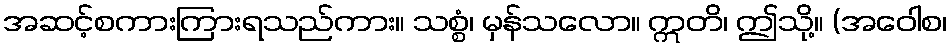
အဆင့်စကားကြားရသည်ကား။ သစ္စံ၊ မှန်သလော။ ဣတိ၊ ဤသို့။ (အဝေါစ၊